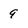
Character: 9